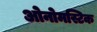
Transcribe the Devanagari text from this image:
ओनोमस्टिक